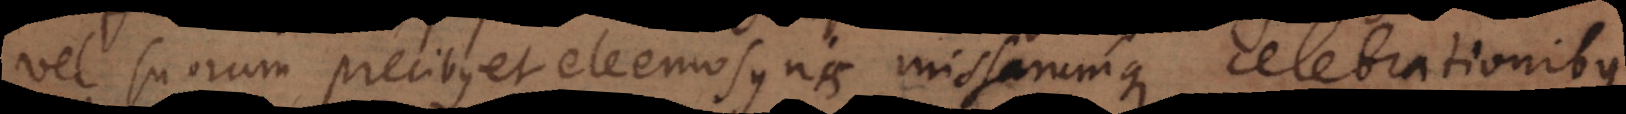
vel suorum precibus et eleemosynis missarumque celebrationibus.